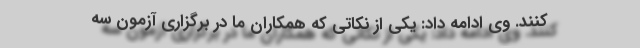
کنند. وی ادامه داد: یکی از نکاتی که همکاران ما در برگزاری آزمون سه